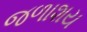
જળાશય